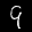
Label: 9